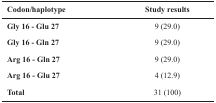
<table><thead><tr><td><b>Codon/haplotype</b></td><td><b>Study results</b></td></tr></thead><tbody><tr><td><b>Gly 16 - Glu 27</b></td><td>9 (29.0)</td></tr><tr><td><b>Gly 16 - Gln 27</b></td><td>9 (29.0)</td></tr><tr><td><b>Arg 16 - Gln 27</b></td><td>9 (29.0)</td></tr><tr><td><b>Arg 16 - Glu 27</b></td><td>4 (12.9)</td></tr></tbody></table>